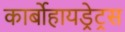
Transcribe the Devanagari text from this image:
कार्बोहायड्रेट्रस